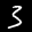
Label: 3